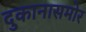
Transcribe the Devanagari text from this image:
दुकानासमोर